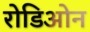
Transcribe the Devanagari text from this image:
रोडिओन